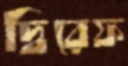
দ্বিরেফ